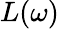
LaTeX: L(\omega)